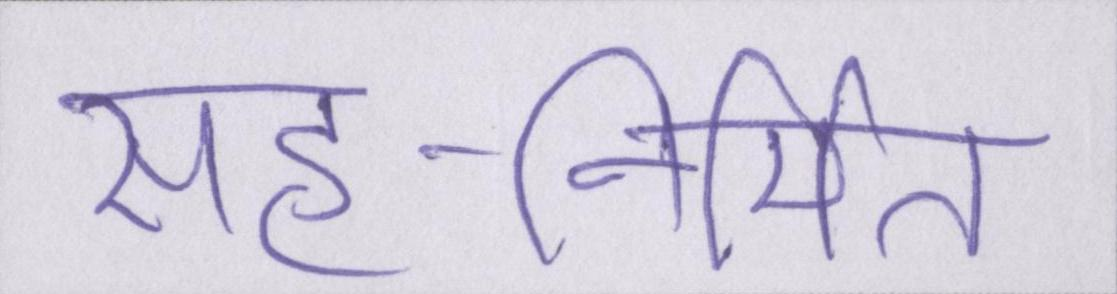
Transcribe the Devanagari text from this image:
सह-निर्मित